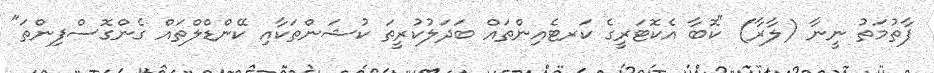
ފާތުމަތު ނީނާ (ލާރާ) "ކޮބާ އެކޮޓަރީގެ ކަރޓެއިންތައް ބަދަލުކުރީތަ ކުޝަންތަކާއި ކޭންޑްލްތައް ގެންގޮސްފިންތަ"